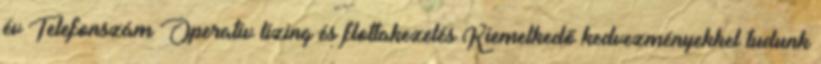
év Telefonszám Operatív lízing és flottakezelés Kiemelkedő kedvezményekkel tudunk